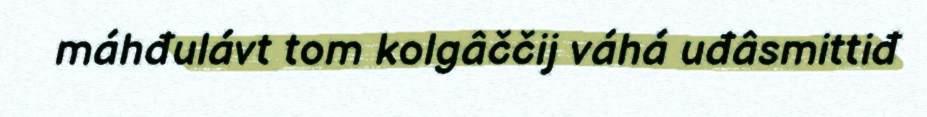
máhđulávt tom kolgâččij váhá uđâsmittiđ